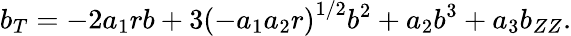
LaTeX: b_{T}=-2a_{1}rb+3\left(-a_{1}a_{2}r\right)^{1/2}b^{2}+a_{2}b^{3}+a_{3}b_{ZZ}.